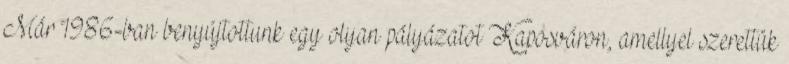
Már 1986-ban benyújtottunk egy olyan pályázatot Kaposváron, amellyel szerettük